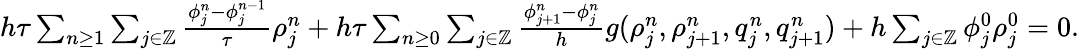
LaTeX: \begin{array}{r}{h\tau\sum_{n\geq 1}\sum_{j\in\mathbb{Z}}\frac{\phi_{j}^{n}-\phi_{j}^{n-1}}{\tau}\rho_{j}^{n}+h\tau\sum_{n\geq 0}\sum_{j\in\mathbb{Z}}\frac{\phi_{j+1}^{n}-\phi_{j}^{n}}{h}g(\rho_{j}^{n},\rho_{j+1}^{n},q_{j}^{n},q_{j+1}^{n})+h\sum_{j\in\mathbb{Z}}\phi_{j}^{0}\rho_{j}^{0}=0.}\end{array}